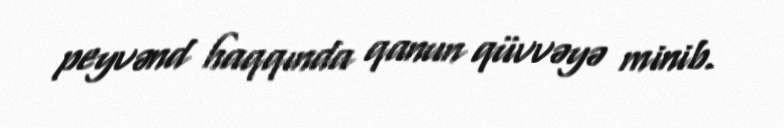
peyvənd haqqında qanun qüvvəyə minib.